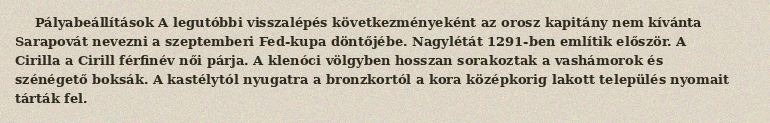
Pályabeállítások A legutóbbi visszalépés következményeként az orosz kapitány nem kívánta Sarapovát nevezni a szeptemberi Fed-kupa döntőjébe. Nagylétát 1291-ben említik először. A Cirilla a Cirill férfinév női párja. A klenóci völgyben hosszan sorakoztak a vashámorok és szénégető boksák. A kastélytól nyugatra a bronzkortól a kora középkorig lakott település nyomait tárták fel.